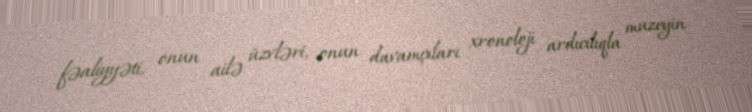
fəaliyyəti, onun ailə üzvləri, onun davamçıları xronoloji ardıcılıqla muzeyin